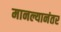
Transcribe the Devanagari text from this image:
मानल्यानंतर